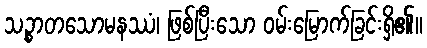
သဉ္စာတသောမနဿံ၊ ဖြစ်ပြီးသော ဝမ်းမြောက်ခြင်းရှိ၏။